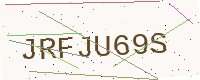
Text: JRFJU69S